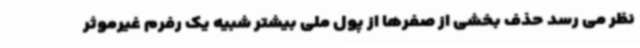
نظر می رسد حذف بخشی از صفرها از پول ملی بیشتر شبیه یک رفرم غیرموثر